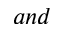
a n d